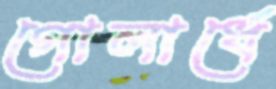
গোলার্ধে